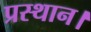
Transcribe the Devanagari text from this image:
प्रस्‍थान।